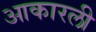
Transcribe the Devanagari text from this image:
आकारली